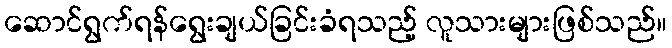
ဆောင်ရွက်ရန်ရွေးချယ်ခြင်းခံရသည့် လူသားများဖြစ်သည်။